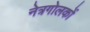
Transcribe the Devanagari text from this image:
नेत्रगोलकों